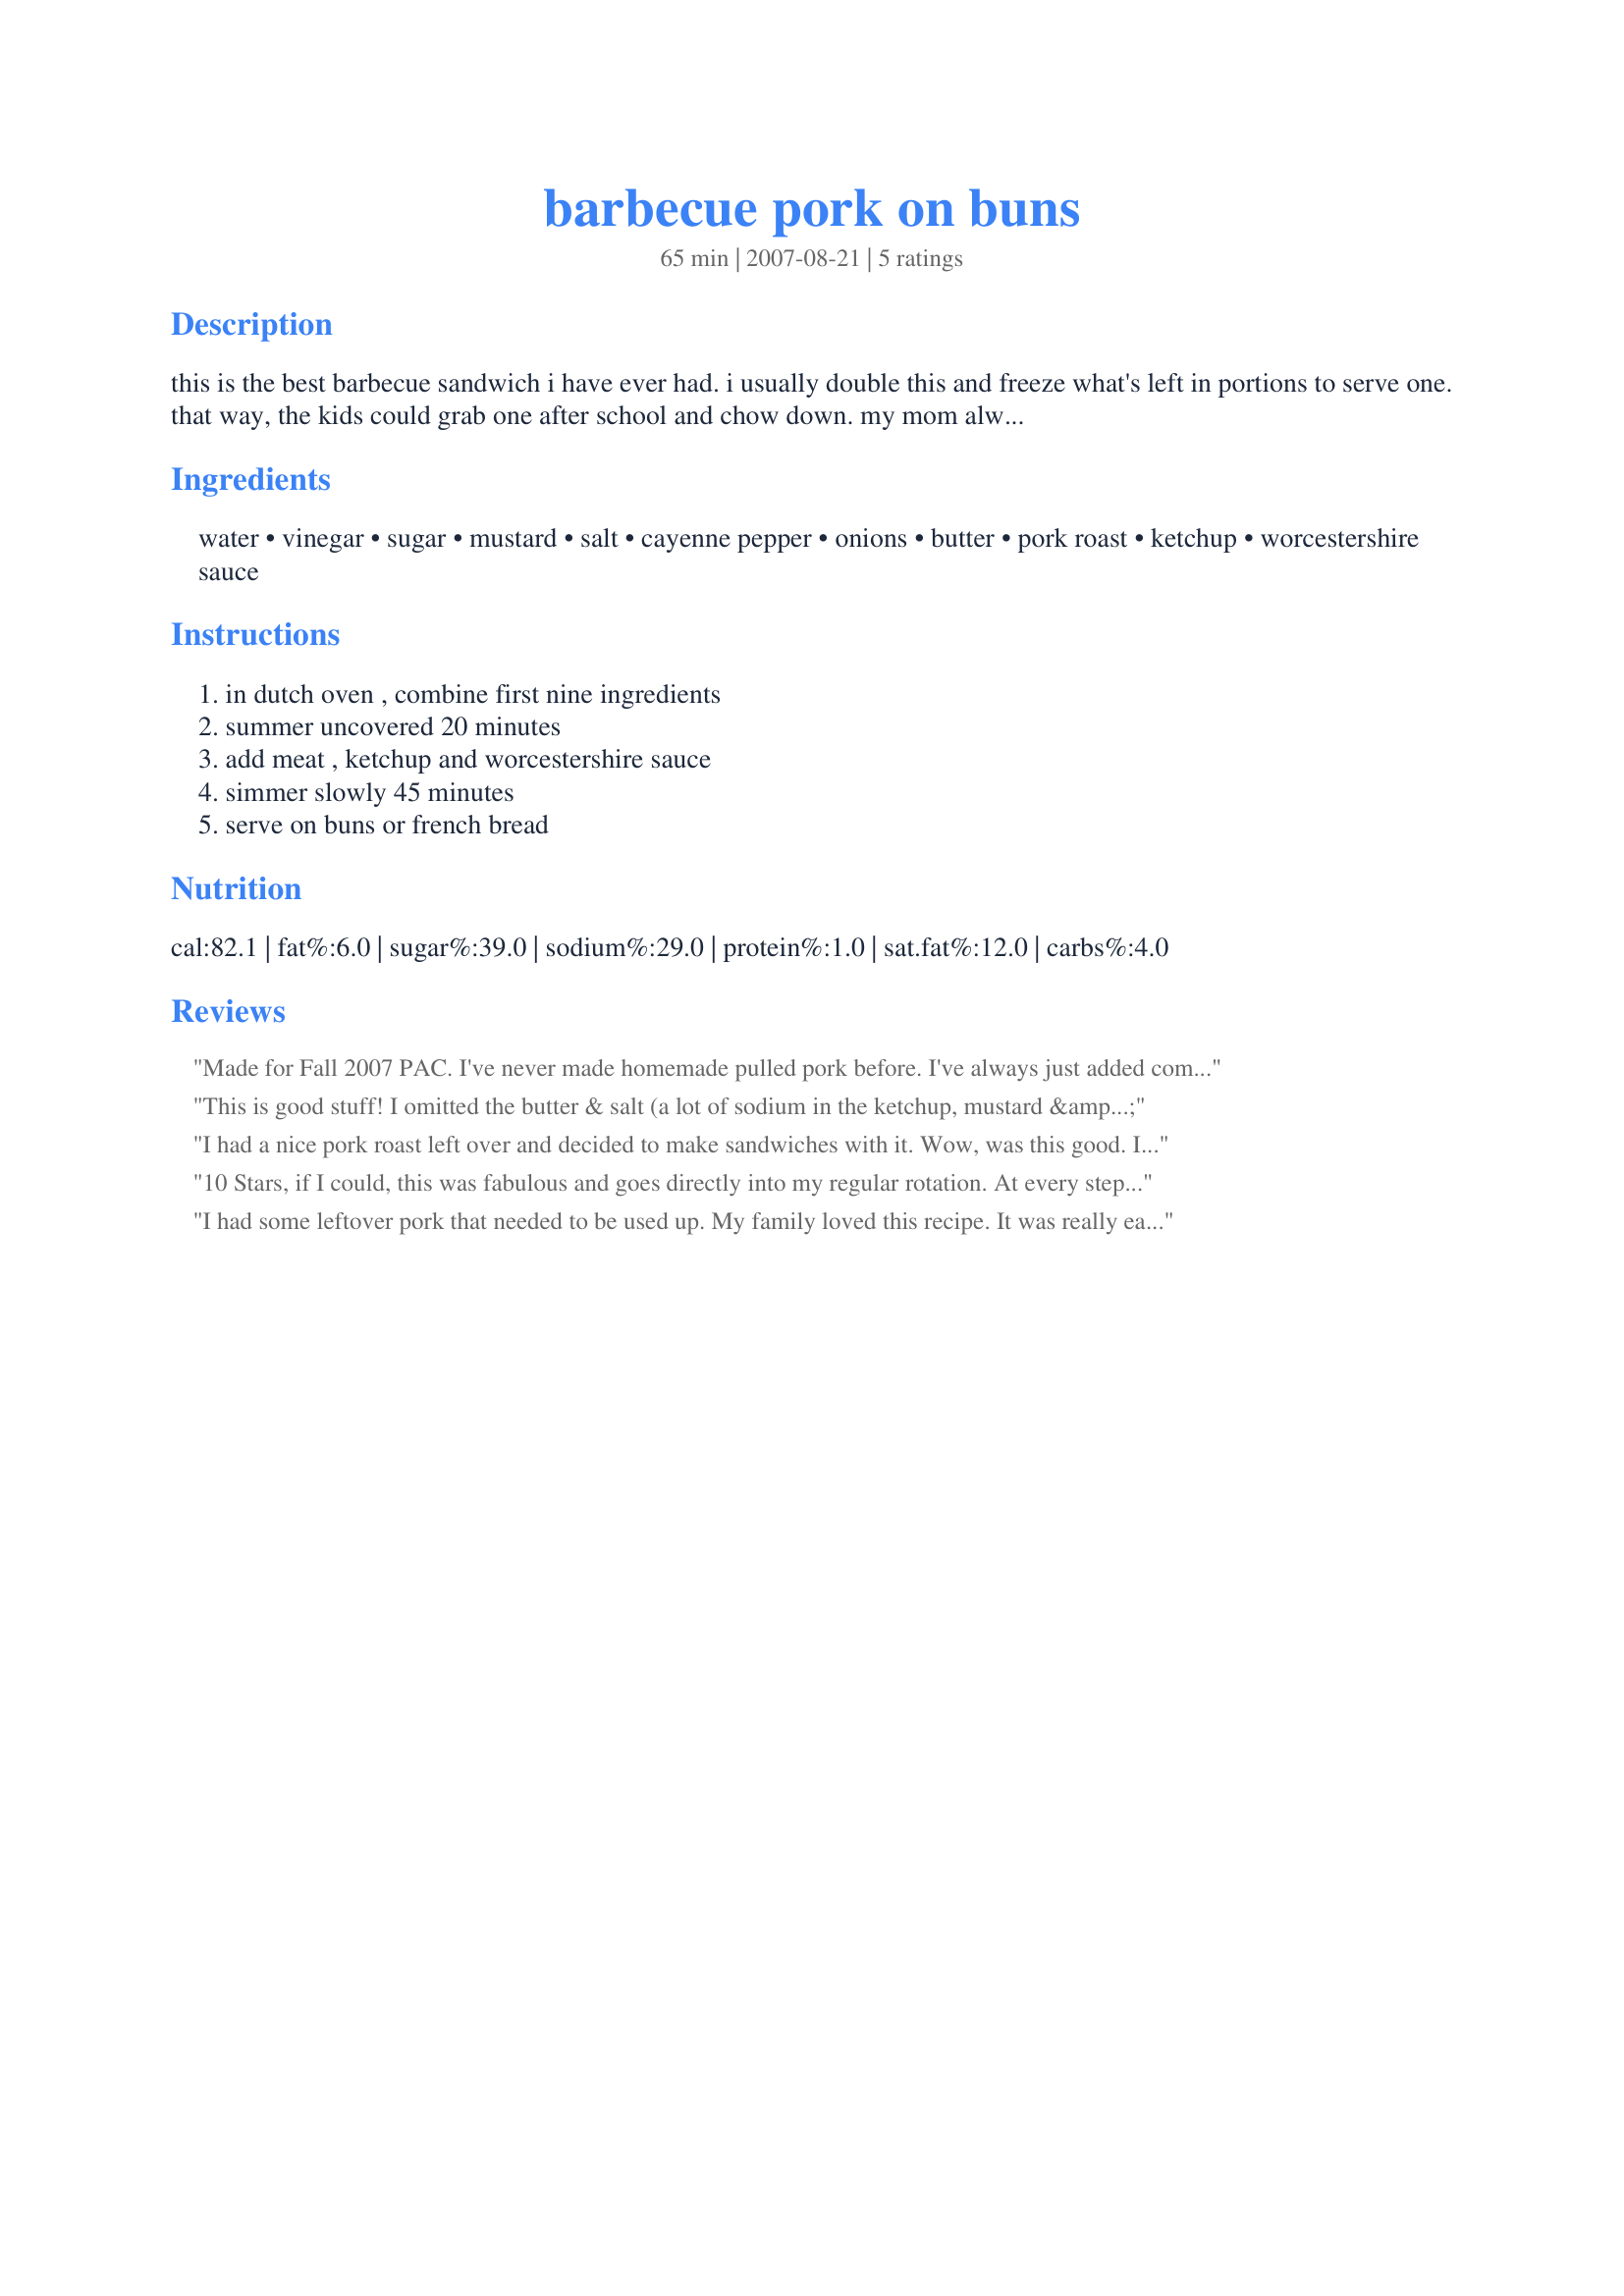
barbecue pork on buns
Preparation time: 65 minutes

this is the best barbecue sandwich i have ever had. i usually double this and freeze what's left in portions to serve one. that way, the kids could grab one after school and chow down. my mom always made this. i think it originated from river road recipes, a cookbook by the junior league of baton rouge.

Ingredients:
water, vinegar, sugar, mustard, salt, cayenne pepper, onions, butter, pork roast, ketchup, worcestershire sauce

Steps:
in dutch oven , combine first nine ingredients, summer uncovered 20 minutes, add meat , ketchup and worcestershire sauce, simmer slowly 45 minutes, serve on buns or french bread

Reviews:
Made for Fall 2007 PAC. I've never made homemade pulled pork before. I've always just added commerically prepared BBQ sauce to the shredded pork. This is sooooo much better. I'll definitely make this again. Thanks Sunshine!
This is good stuff! I omitted the butter & salt (a lot of sodium in the ketchup, mustard & worcestershire sauce). I didn't see where the butter was necessary. Otherwise, followed the recipe as directed. This was very delicious and resembled the Carolina Pork BBQ that we love. WIll go into our regular rotation. Thanks for the post!
I had a nice pork roast left over and decided to make sandwiches with it. Wow, was this good. It was a big hit with my two boys. They loved it. It was perfect the way the flavor all came together, I was out of cayenne so omitted that, but otherwise made as stated. We enjoyed this so much, and it was easy to make. And I will use it now instead of bottled BBQ sauce. Thank you for sharing.
10 Stars, if I could, this was fabulous and goes directly into my regular rotation. At every step of the way everything looked and smelled just as it should, and it was quite easy. I vote for letting DH shred the pork while watching football, although I almost finished during the 20 minutes that the onions simmered in the butter sauce (I am slow!). I made the recipe exactly as written and would not change a thing. It will definitely be Sunshine Forever when we make this dish, many thanks for posting. Made for Fall 2008 Pick-a-Chef.
I had some leftover pork that needed to be used up. My family loved this recipe. It was really easy too. I only made one substitution and that was to use 1 tsp of ground mustard. I would definitely make this again. Thanks for the recipe.
